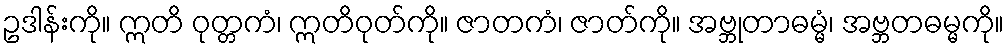
ဥဒါန်းကို။ ဣတိ ဝုတ္တကံ၊ ဣတိဝုတ်ကို။ ဇာတကံ၊ ဇာတ်ကို။ အဗ္ဘုတာဓမ္မံ၊ အဗ္ဘတဓမ္မကို။